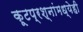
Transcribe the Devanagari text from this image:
कूटप्रश्नांमध्येही